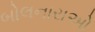
બોલનારાઓ